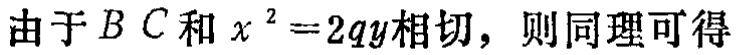
由于 \(BC\) 和 \(x^{2}=2qy\) 相切，则同理可得